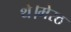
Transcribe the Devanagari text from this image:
थे।मेरठ